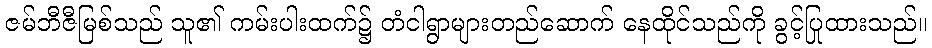
ဇမ်ဘီဇီမြစ်သည် သူ၏ ကမ်းပါးထက်၌ တံငါရွာများတည်ဆောက် နေထိုင်သည်ကို ခွင့်ပြုထားသည်။